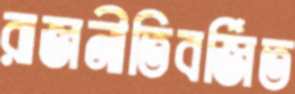
রাজনীতিবর্জিত